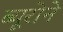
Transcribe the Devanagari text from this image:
ब्यूरोने